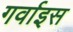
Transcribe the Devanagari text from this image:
गर्वाइस